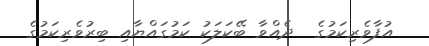
އުފާވެރިކަމުގެ  ދެއްވާ ބޭކަލަކު ކަމުގައްޔާއި ބިރުވެރިކަމުގެ